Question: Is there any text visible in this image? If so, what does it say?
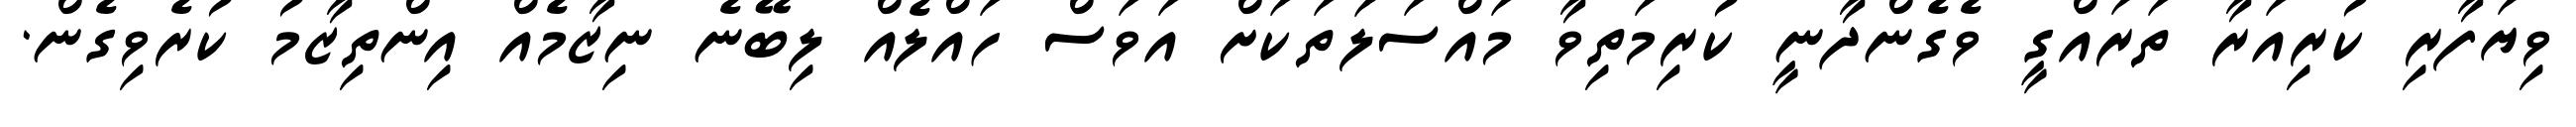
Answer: ވިޔަފާރި ކުރިއަރާ ތަރައްގީ ވެގެންދާނީ ކުރިމަތިވާ މައްސަލަތަކަށް އަވަސް ހައްލެއް ލިބޭނެ ނިޒާމެއް އިންތިޒާމު ކުރެވިގެން.